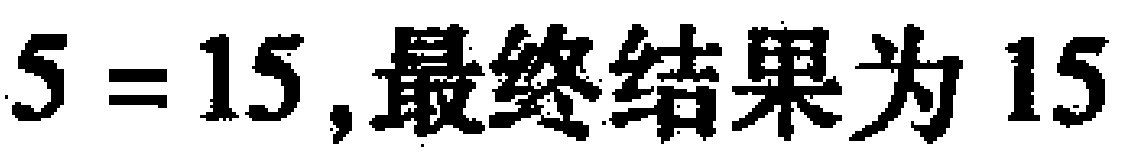
$5 = 15 ,最终结果为 15$